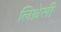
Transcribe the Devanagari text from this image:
लिथ्रेसी